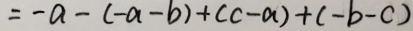
= - a - ( - a - b ) + ( c - a ) + ( - b - c )